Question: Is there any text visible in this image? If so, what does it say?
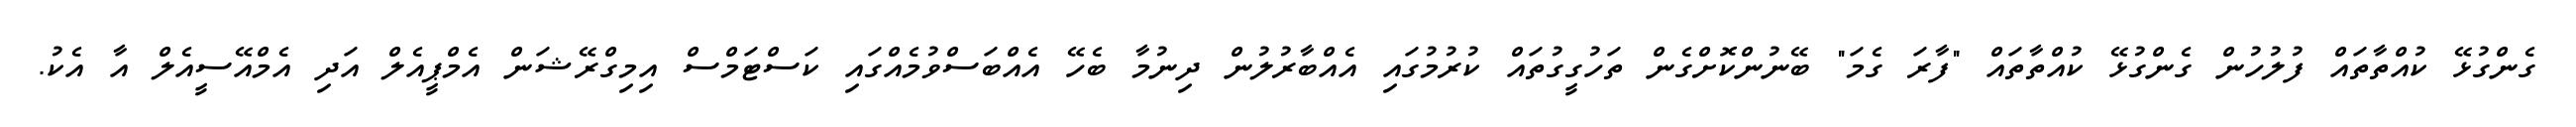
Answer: ގެންގުޅޭ ކުއްތާތައް ފުލުހުން ގެންގުޅޭ ކުއްތާތައް "ފާރަ ގެމަ" ބޭނުންކޮށްގެން ތަހުގީގުތައް ކުރުމުގައި އެއްބާރުލުން ދިނުމާ ބެހޭ އެއްބަސްވުމެއްގައި ކަސްޓަމްސް އިމިގްރޭޝަން އެމްޕީއެލް އަދި އެމްއޭސީއެލް އާ އެކު.